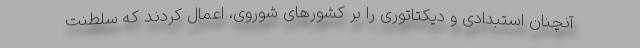
آنچنان استبدادی و دیکتاتوری را بر کشورهای شوروی،‌ اعمال کردند که سلطنت